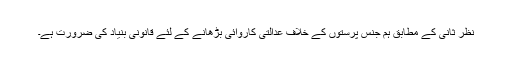
نظر ثانی کے مطابق ہم جنس پرستوں کے خلاف عدالتی کاروائی بڑھانے کے لئے قانونی بنیاد کی ضرورت ہے۔